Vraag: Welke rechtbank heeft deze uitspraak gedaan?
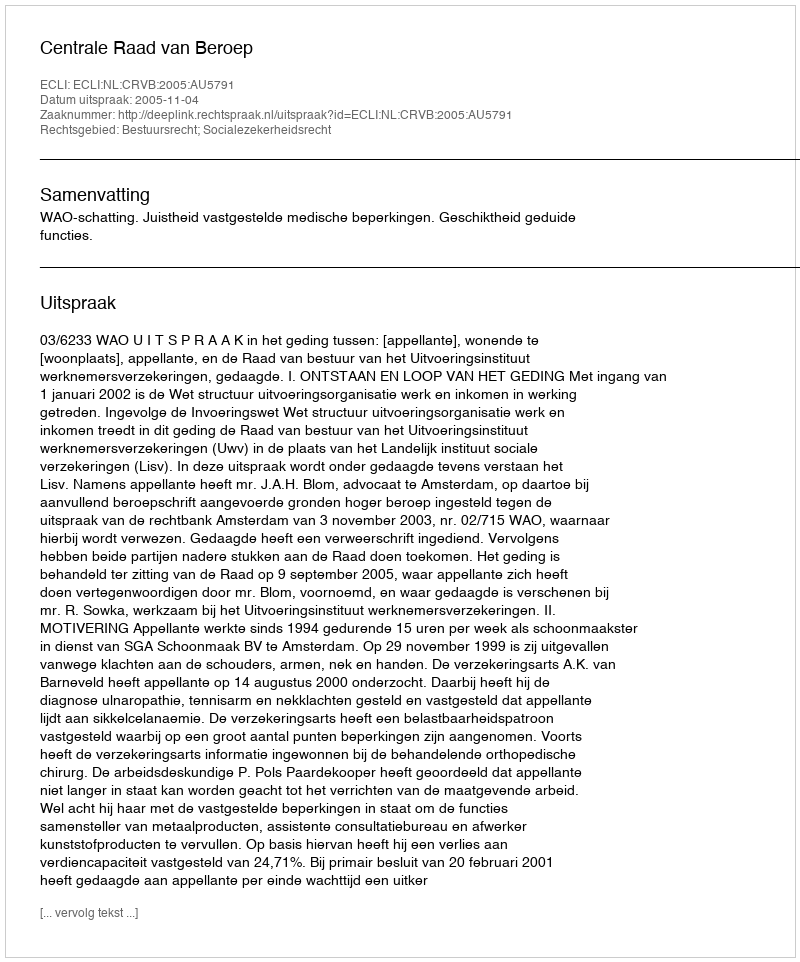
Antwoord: Centrale Raad van Beroep